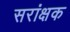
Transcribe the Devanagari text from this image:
सरांक्षक